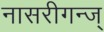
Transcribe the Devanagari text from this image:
नासरीगन्ज्